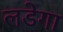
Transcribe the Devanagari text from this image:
लडेगा